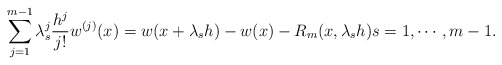
\begin{align*}\sum_{j=1}^{m-1} \lambda_s^j \frac{h^j}{j!} w^{(j)}(x) = w(x+\lambda_s h) - w(x) - R_m(x, \lambda_s h) s = 1, \cdots, m-1.\end{align*}